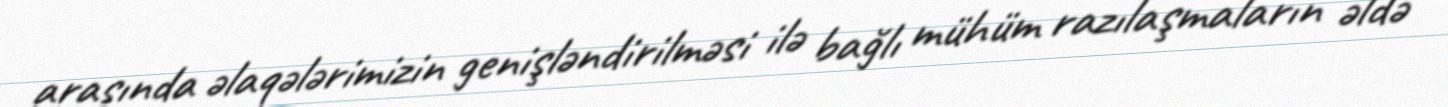
arasında əlaqələrimizin genişləndirilməsi ilə bağlı mühüm razılaşmaların əldə